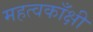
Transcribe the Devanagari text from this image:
महत्वकाँक्षी